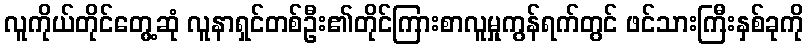
လူကိုယ်တိုင်တွေ့ဆုံ လူနာရှင်တစ်ဦး၏တိုင်ကြားစာလူမှုကွန်ရက်တွင် ဖင်သားကြီးနှစ်ခုကို